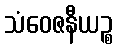
သံဝေဇနီယဉ္စ